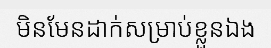
មិនមែនដាក់សម្រាប់ខ្លួនឯង